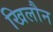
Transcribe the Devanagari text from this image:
खिलौन